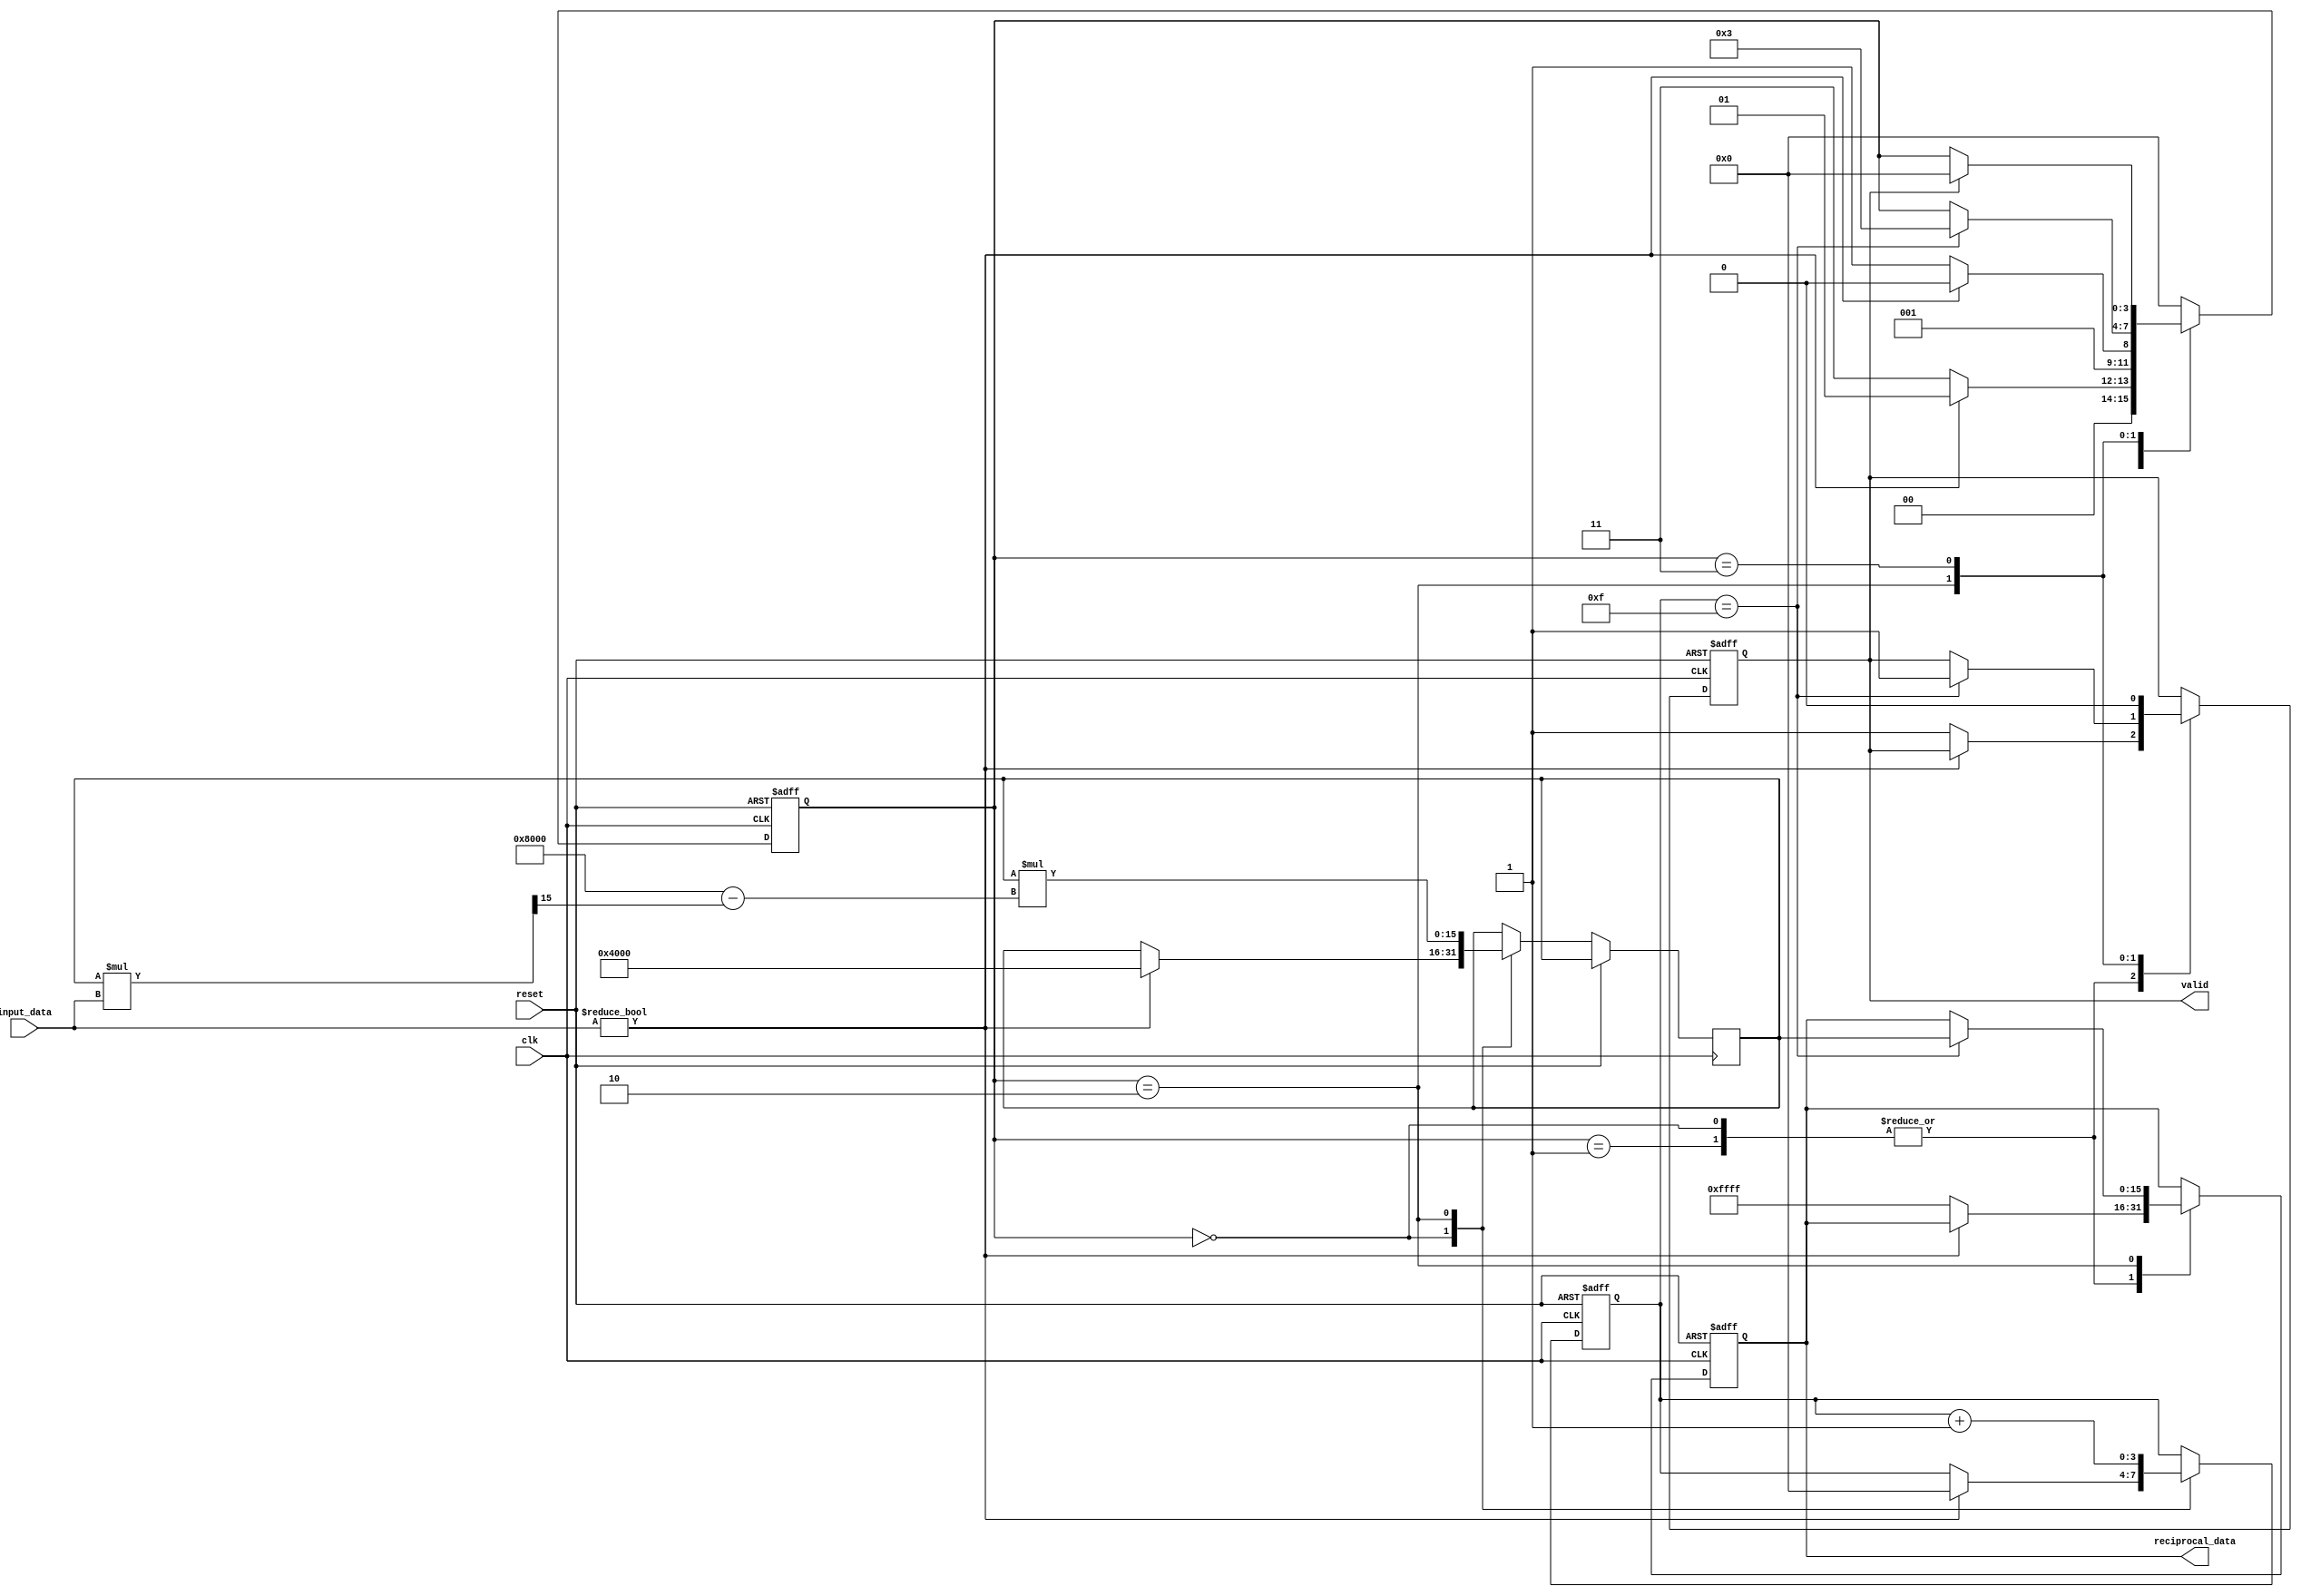
module FixedPointReciprocal (
    input wire [15:0] input_data,  // Fixed-point input (Q1.15 format)
    input wire clk,
    input wire reset,
    output reg [15:0] reciprocal_data, // Fixed-point reciprocal output (Q1.15 format)
    output reg valid // Output valid signal
);

    reg [15:0] approx; // Approximation of the reciprocal
    reg [3:0] state; // State variable for FSM
    reg [3:0] count; // Iteration counter

    localparam IDLE = 4'b0000;
    localparam CHECK_ZERO = 4'b0001;
    localparam COMPUTE = 4'b0010;
    localparam DONE = 4'b0011;

    // Initial approximation for Newton-Raphson (1/x) for Q1.15 format
    localparam INITIAL_APPROX = 16'h4000; // 0.5 in Q1.15

    always @(posedge clk or posedge reset) begin
        if (reset) begin
            reciprocal_data <= 16'b0;
            valid <= 1'b0;
            state <= IDLE;
            count <= 4'b0;
        end else begin
            case (state)
                IDLE: begin
                    if (input_data != 16'b0) begin
                        approx <= INITIAL_APPROX; // Start with initial approximation
                        state <= CHECK_ZERO;
                        count <= 4'b0;
                    end else begin
                        reciprocal_data <= 16'hFFFF; // Return error code for division by zero
                        valid <= 1'b1;
                        state <= DONE;
                    end
                end

                CHECK_ZERO: begin
                    // Check if input_data is zero
                    if (input_data != 16'b0) begin
                        state <= COMPUTE;
                    end else begin
                        reciprocal_data <= 16'hFFFF; // Return error code for division by zero
                        valid <= 1'b1;
                        state <= DONE;
                    end
                end

                COMPUTE: begin
                    // Newton-Raphson iteration: x(n+1) = x(n) * (2 - x(n) * input_data)
                    approx <= approx * (16'h8000 - (approx * input_data >> 15)); // Shift right for Q1.15
                    count <= count + 1;

                    if (count == 4'b1111) begin // Limit iterations to prevent infinite loop
                        reciprocal_data <= approx;
                        valid <= 1'b1;
                        state <= DONE;
                    end
                end

                DONE: begin
                    // Wait for the next input
                    if (valid) begin
                        valid <= 1'b0; // Reset valid signal
                        state <= IDLE; // Go back to IDLE state
                    end
                end

                default: state <= IDLE; // Safety net
            endcase
        end
    end
endmodule